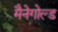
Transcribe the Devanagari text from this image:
मैनेगोल्ड